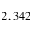
2 , 3 4 2